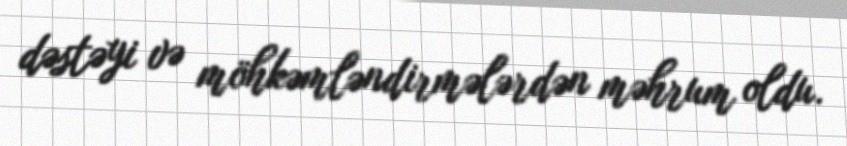
dəstəyi və möhkəmləndirmələrdən məhrum oldu.